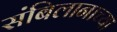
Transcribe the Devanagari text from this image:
संबिलानाच्या